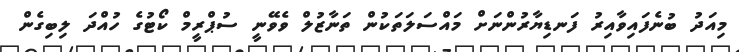
މިއަދު ބުނެފައިވާއިރު ފަނޑިޔާރުންނަށް މައްސަލަތަކުން ތަނާޒުލް ވެވޭނީ ސުޕްރީމް ކޯޓުގެ ހުއްދަ ލިބިގެން